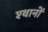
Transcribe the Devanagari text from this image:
श्थानों